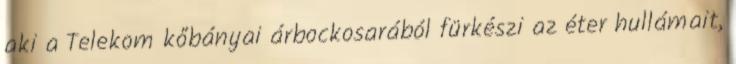
aki a Telekom kőbányai árbockosarából fürkészi az éter hullámait,